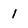
Character: 1